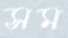
সম